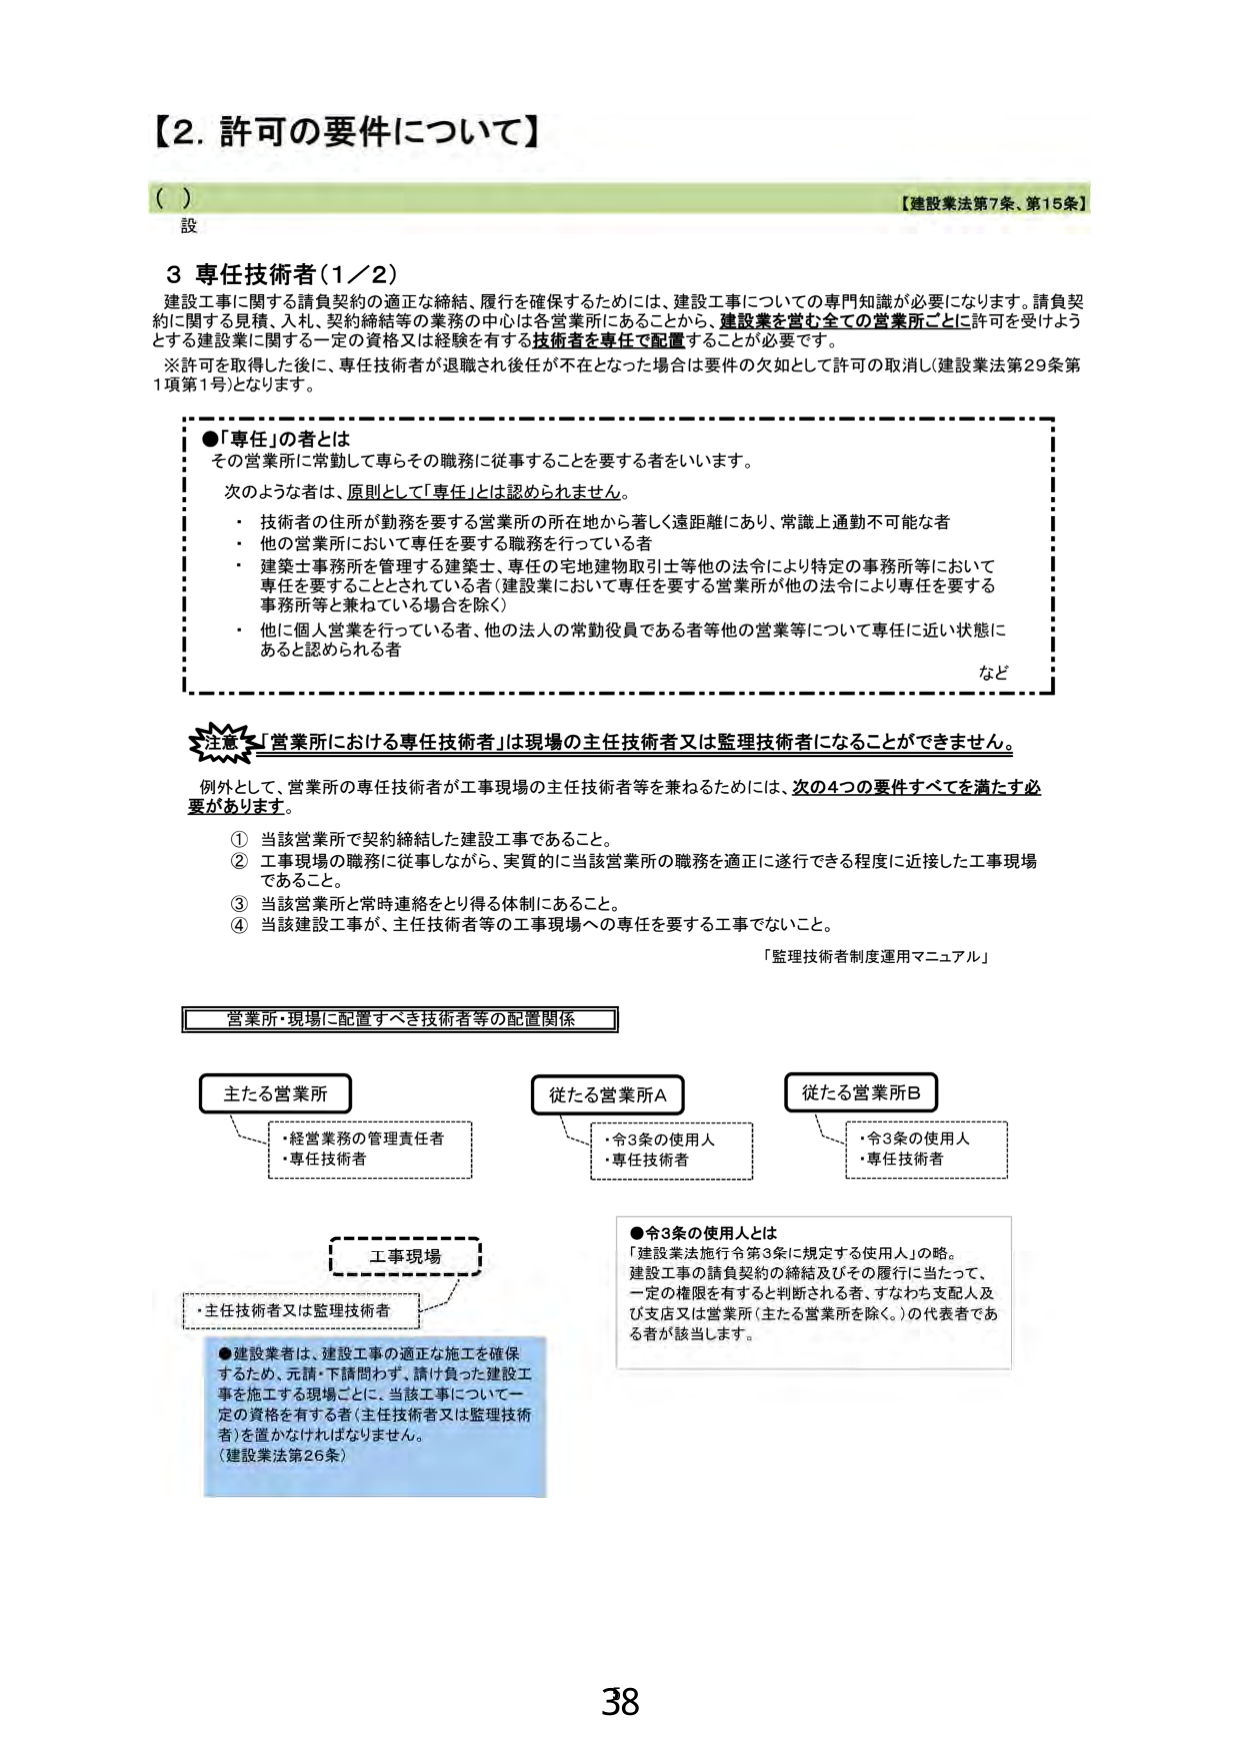
【2. 許可の要件について】

（ ）
設
【建設業法第7条、第15条】

3 専任技術者（1／2）
建設工事に関する請負契約の適正な締結、履行を確保するためには、建設工事についての専門知識が必要になります。請負契約に関する見積、入札、契約締結等の業務の中心は各営業所にあることから、建設業を営む全ての営業所ごとに許可を受けようとする建設業に関する一定の資格又は経験を有する技術者を専任で配置することが必要です。
※許可を取得した後に、専任技術者が退職され後任が不在となった場合は要件の欠如として許可の取消し（建設業法第29条第1項第1号）となります。

●「専任」の者とは
その営業所に常勤して専らその職務に従事することを要する者をいいます。
次のような者は、原則として「専任」とは認められません。
・ 技術者の住所が勤務を要する営業所の所在地から著しく遠距離にあり、常識上通勤不可能な者
・ 他の営業所において専任を要する職務を行っている者
・ 建築士事務所を管理する建築士、専任の宅地建物取引士等他の法令により特定の事務所等において専任を要することとされている者（建設業において専任を要する営業所が他の法令により専任を要する事務所等と兼ねている場合を除く）
・ 他に個人営業を行っている者、他の法人の常勤役員である者等他の営業等について専任に近い状態にあると認められる者
など

注意 「営業所における専任技術者」は現場の主任技術者又は監理技術者になることはできません。
例外として、営業所の専任技術者が工事現場の主任技術者等を兼ねるためには、次の4つの要件すべてを満たす必要があります。
① 当該営業所で契約締結した建設工事であること。
② 工事現場の職務に従事しながら、実質的に当該営業所の職務を適正に遂行できる程度に近接した工事現場であること。
③ 当該営業所と常時連絡をとり得る体制にあること。
④ 当該建設工事が、主任技術者等の工事現場への専任を要する工事でないこと。
「監理技術者制度運用マニュアル」

営業所・現場に配置すべき技術者等の配置関係

主たる営業所
・経営業務の管理責任者
・専任技術者

従たる営業所A
・令3条の使用人
・専任技術者

従たる営業所B
・令3条の使用人
・専任技術者

工事現場
・主任技術者又は監理技術者

●令3条の使用人とは
「建設業法施行令第3条に規定する使用人」の略。
建設工事の請負契約の締結及びその履行に当たって、一定の権限を有すると判断される者、すなわち支配人及び支店又は営業所（主たる営業所を除く。）の代表者である者が該当します。

●建設業者は、建設工事の適正な施工を確保するため、元請・下請問わず、請け負った建設工事を施工する現場ごとに、当該工事について一定の資格を有する者（主任技術者又は監理技術者）を置かなければなりません。
（建設業法第26条）

38